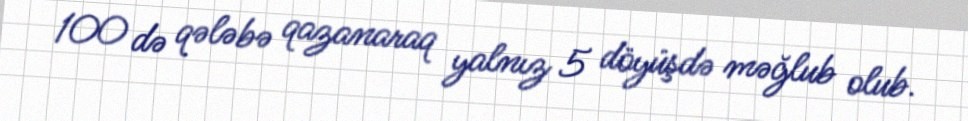
100 də qələbə qazanaraq yalnız 5 döyüşdə məğlub olub.